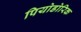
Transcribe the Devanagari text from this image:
पियोडोरिक